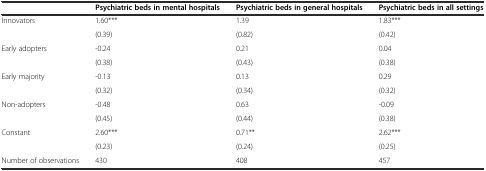
|  | Psychiatric beds in mental hospitals | Psychiatric beds in general hospitals | Psychiatric beds in all settings |
 | --- | --- | --- | --- |
 | Innovators | 1.60*** | 1.39 | 1.83*** |
 |  | (0.39) | (0.82) | (0.42) |
 | Early adopters | -0.24 | 0.21 | 0.04 |
 |  | (0.38) | (0.43) | (0.38) |
 | Early majority | -0.13 | 0.13 | 0.29 |
 |  | (0.32) | (0.34) | (0.32) |
 | Non-adopters | -0.48 | 0.63 | -0.09 |
 |  | (0.45) | (0.44) | (0.38) |
 | Constant | 2.60*** | 0.71** | 2.62*** |
 |  | (0.23) | (0.24) | (0.25) |
 | Number of observations | 430 | 408 | 457 |